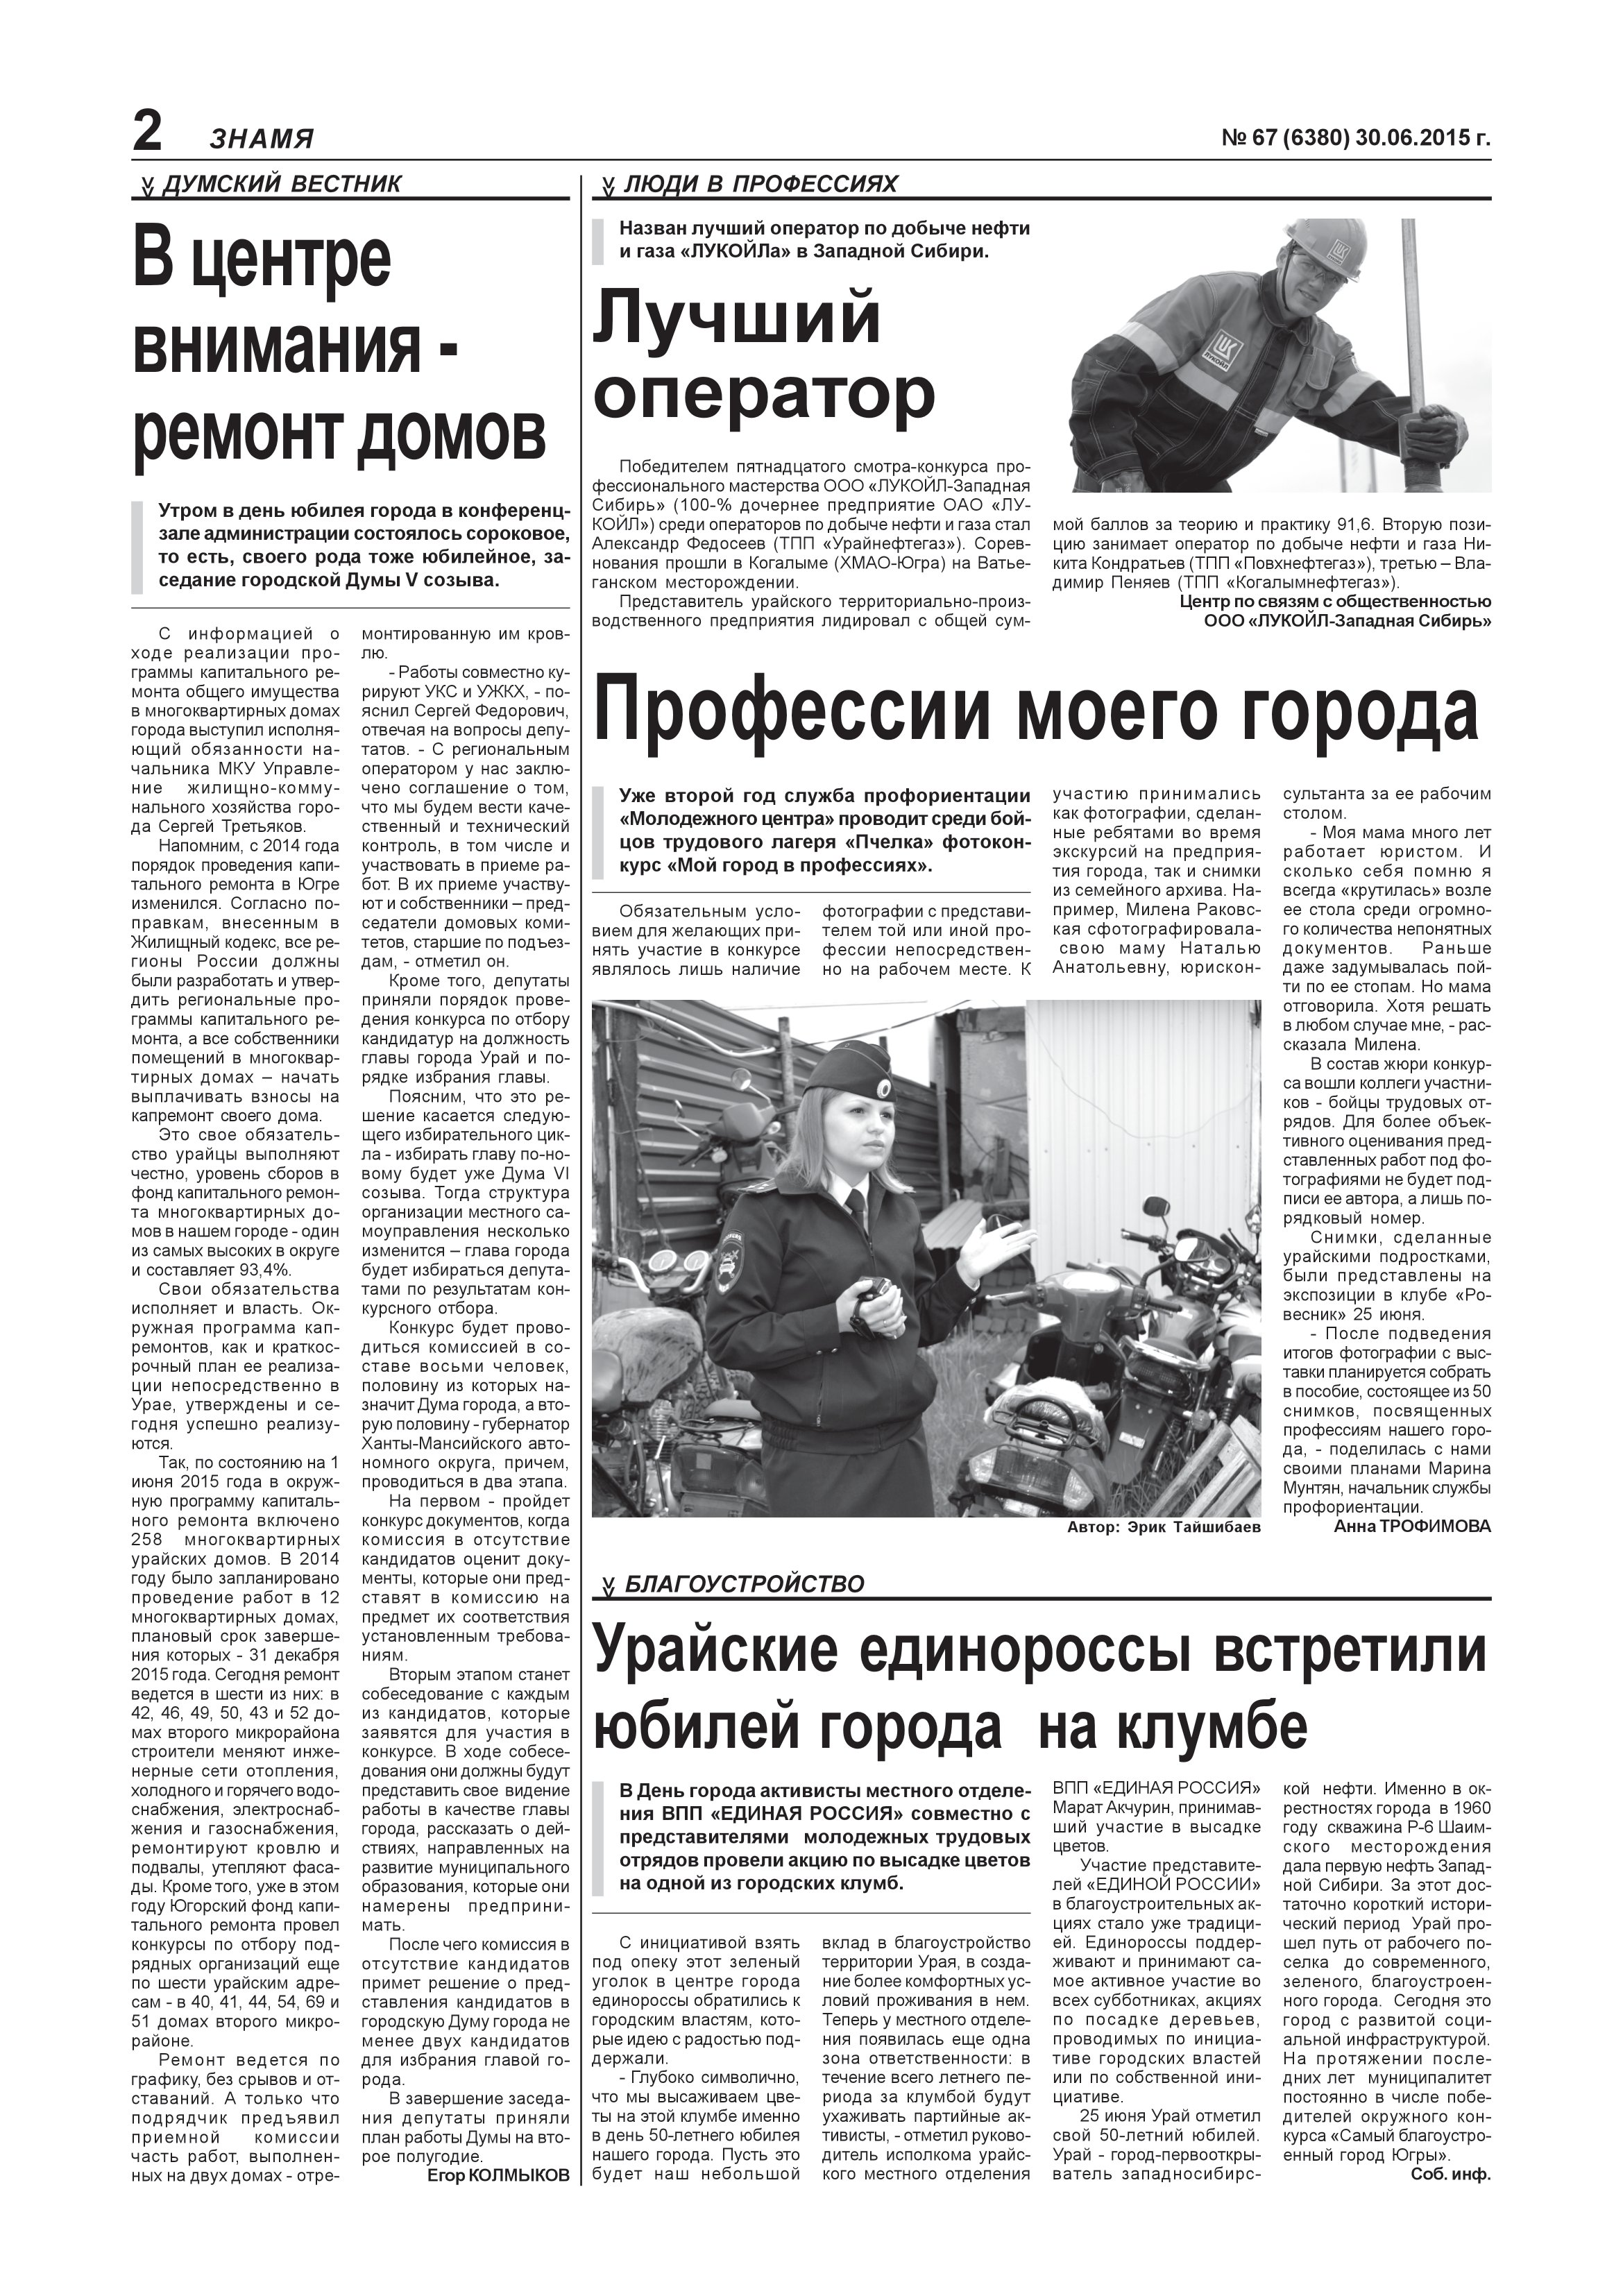
Language: ru